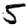
Digit: 5